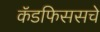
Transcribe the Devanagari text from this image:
कॅडफिससचे